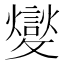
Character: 𣀢